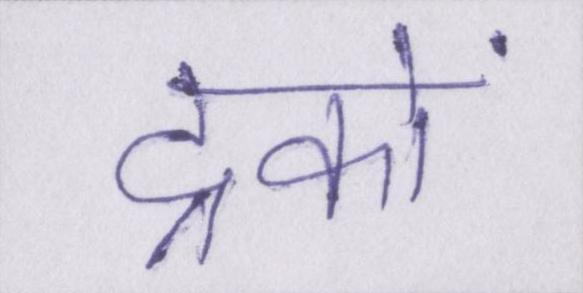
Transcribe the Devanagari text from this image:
ट्रकों